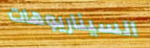
السيناريوهات